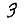
Digit: 3